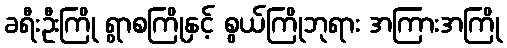
ခရီးဦးကြို ရွာစကြိုနှင့် စွယ်ကြိုဘုရား အကြားအကြို